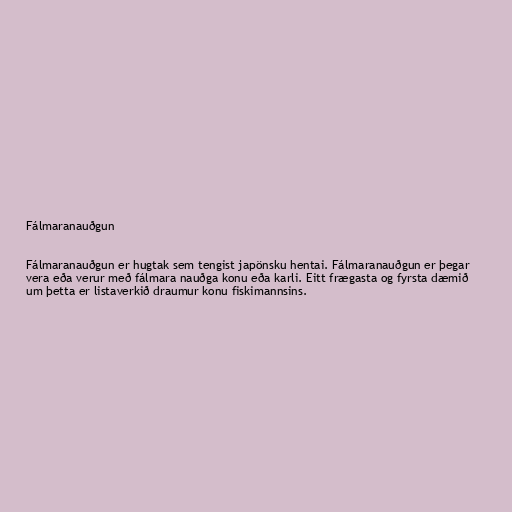
Fálmaranauðgun

Fálmaranauðgun er hugtak sem tengist japönsku hentai. Fálmaranauðgun er þegar
vera eða verur með fálmara nauðga konu eða karli. Eitt frægasta og fyrsta dæmið
um þetta er listaverkið draumur konu fiskimannsins.